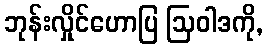
ဘုန်းလှိုင်ဟောပြ ဩဝါဒကို,